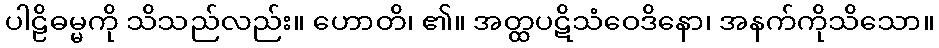
ပါဠိဓမ္မကို သိသည်လည်း။ ဟောတိ၊ ၏။ အတ္ထပဋိသံဝေဒိနော၊ အနက်ကိုသိသော။